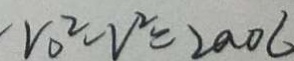
v _ { 0 } ^ { 2 } - v ^ { 2 } = 2 a 0 6